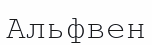
Альфвен